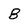
Character: B